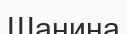
Шанина